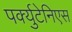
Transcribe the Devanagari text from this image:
पर्क्युटेनिएस